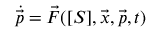
\dot { \vec { p } } = \vec { F } ( [ S ] , \vec { x } , \vec { p } , t )